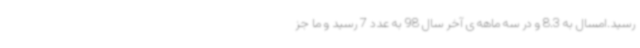
رسید.امسال به 8.3 و در سه ماهه ی آخر سال 98 به عدد 7 رسید و ما جز